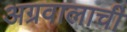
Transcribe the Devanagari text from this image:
अग्रवालाची